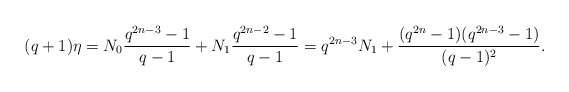
\begin{align*} (q+1)\eta = N_0\frac{q^{2n-3}-1}{q-1}+N_1\frac{q^{2n-2}-1}{q-1}=q^{2n-3}N_1+\frac{(q^{2n}-1)(q^{2n-3}-1)}{(q-1)^2}.\end{align*}